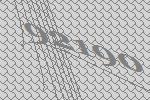
92190